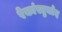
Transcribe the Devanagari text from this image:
रेकांस्त्रुक्टेद